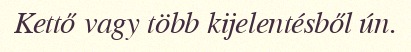
Kettő vagy több kijelentésből ún.